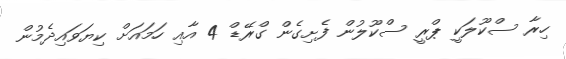
ހިރާ ސްކޫލަކީ ޕްރީ ސްކޫލުން ފެށިގެން ގްރޭޑް 4 އާއި ހަމައަށް ކިޔަވައިދެމުން